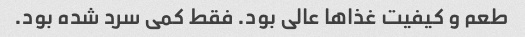
طعم و کیفیت غذاها عالی بود. فقط کمی سرد شده بود.